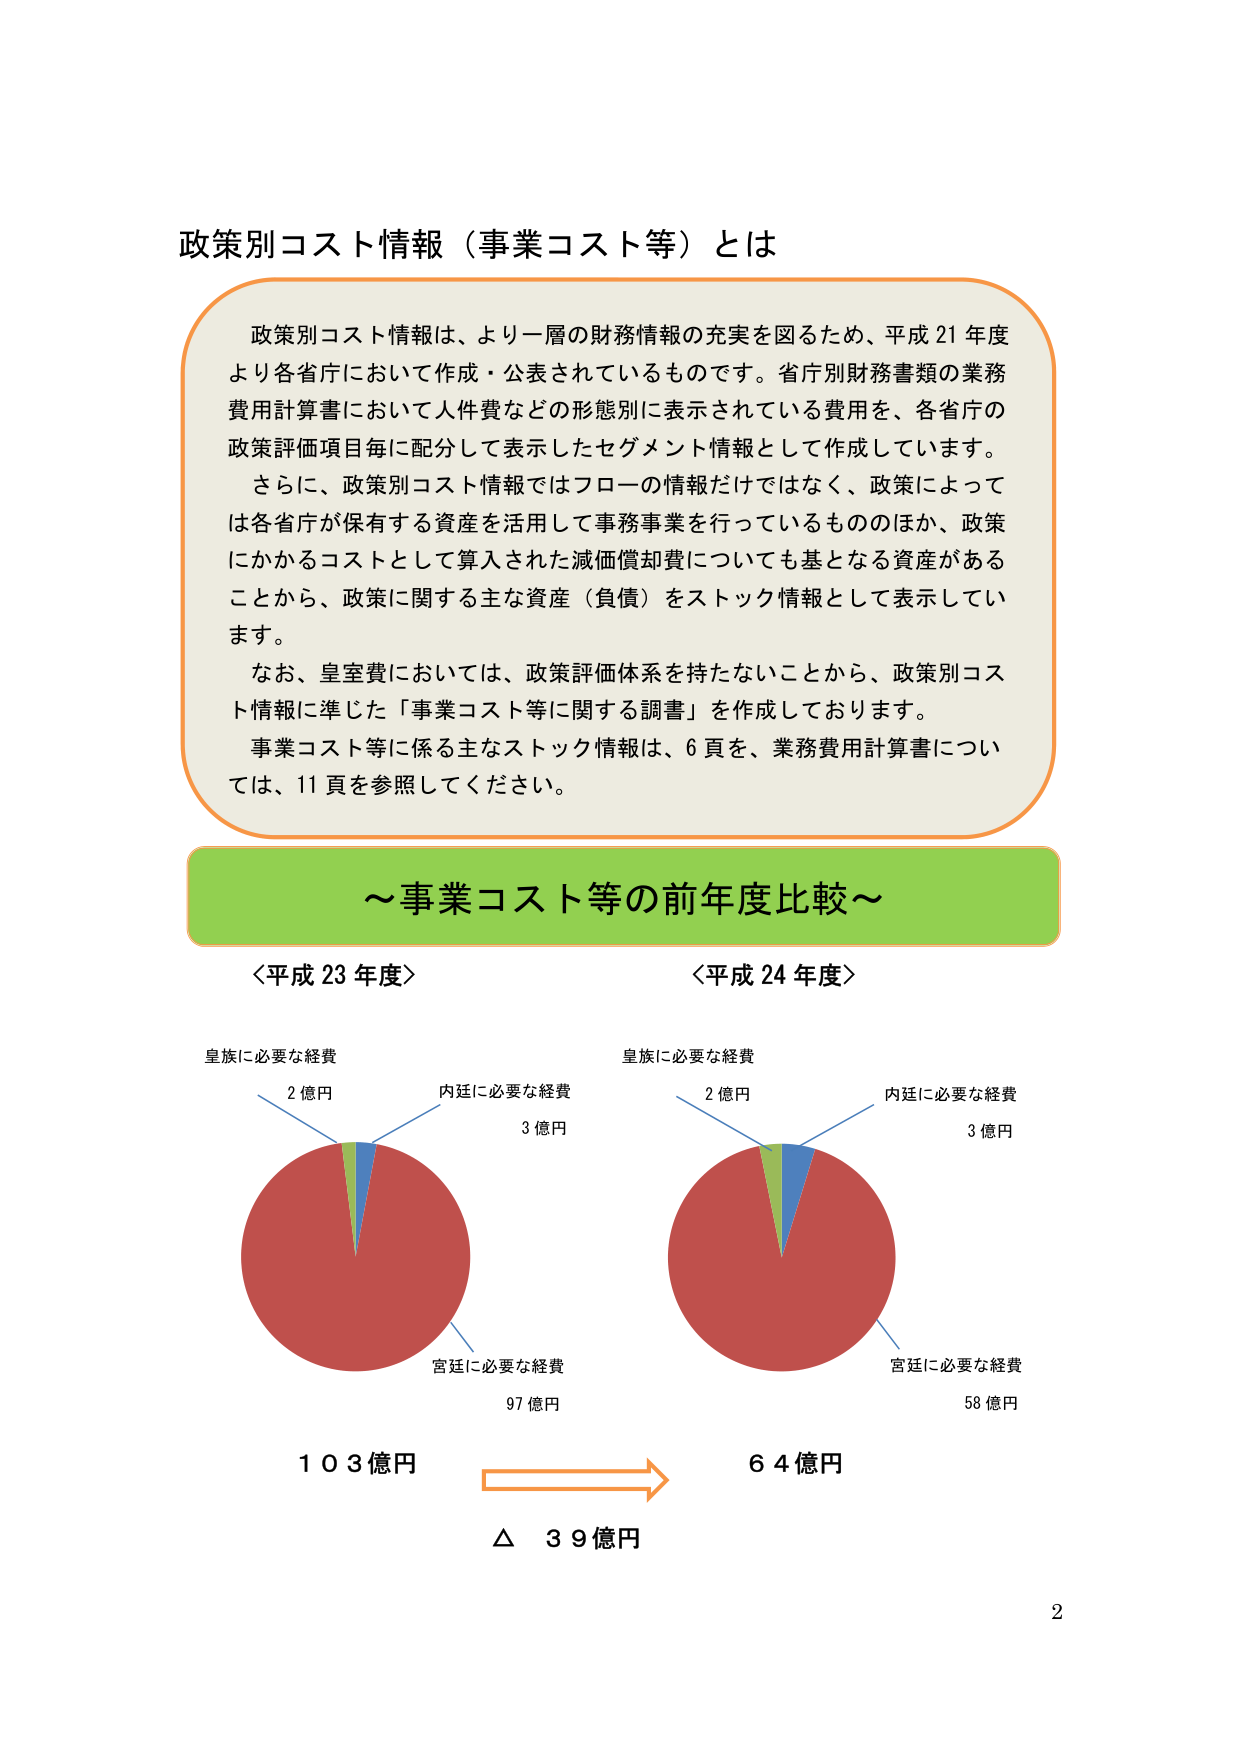
政策別コスト情報（事業コスト等）とは

政策別コスト情報は、より一層の財務情報の充実を図るため、平成21年度より各省庁において作成・公表されているものです。省庁別財務書類の業務費用計算書において人件費などの形態別に表示されている費用を、各省庁の政策評価項目毎に配分して表示したセグメント情報として作成しています。
さらに、政策別コスト情報ではフローの情報だけではなく、政策によっては各省庁が保有する資産を活用して事務事業を行っているもののほか、政策にかかるコストとして算入された減価償却費についても基となる資産があることから、政策に関する主な資産（負債）をストック情報として表示しています。
なお、皇室費においては、政策評価体系を持たないことから、政策別コスト情報に準じた「事業コスト等に関する調書」を作成しております。
事業コスト等に係る主なストック情報は、6頁を、業務費用計算書については、11頁を参照してください。

～事業コスト等の前年度比較～

〈平成23年度〉
皇族に必要な経費
2億円
内廷に必要な経費
3億円
宮廷に必要な経費
97億円
103億円

〈平成24年度〉
皇族に必要な経費
2億円
内廷に必要な経費
3億円
宮廷に必要な経費
58億円
64億円

△ 39億円

2